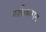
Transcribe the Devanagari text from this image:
नशीबवान